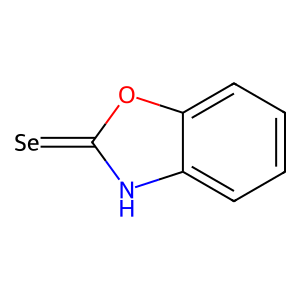
SMILES: [Se]=c1[nH]c2ccccc2o1
Inhibits HIV replication: No